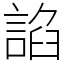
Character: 諂